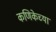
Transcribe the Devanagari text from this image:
कणिकेच्या